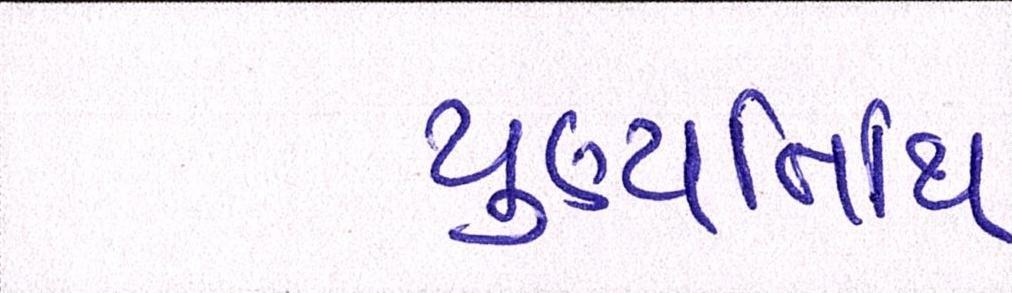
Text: પુણ્યતિથિ